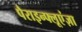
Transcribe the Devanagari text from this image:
पैराइन्फ्लूएंज़ा